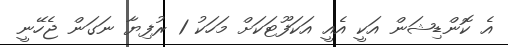
އެ ކޮންޑިޝަން އަކީ އެއީ އަކަފޫޓަކަށް މަހަކު 1 ރުފިޔާ ނަގަން ޖެހޭނީ